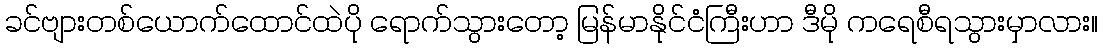
ခင်ဗျားတစ်ယောက်ထောင်ထဲပို ရောက်သွားတော့ မြန်မာနိုင်ငံကြီးဟာ ဒီမို ကရေစီရသွားမှာလား။